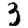
Digit: 3